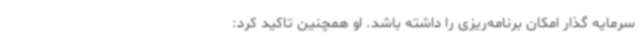
سرمایه گذار امکان برنامه‌ریزی را داشته باشد. او همچنین تاکید کرد: